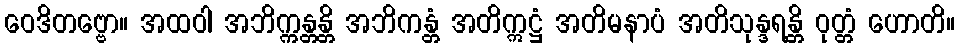
ဝေဒိတဗ္ဗော။ အထဝါ အဘိက္ကန္တန္တိ အဘိကန္တံ အတိဣဋ္ဌံ အတိမနာပံ အတိသုန္ဒရန္တိ ဝုတ္တံ ဟောတိ။